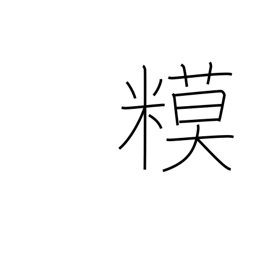
Meaning: rice snacks